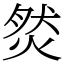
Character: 𤉷